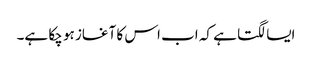
ایسا لگتا ہے کہ اب اس کا آغاز ہو چکا ہے۔